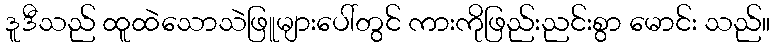
ဒူဒီသည် ထူထဲသောသဲဖြူများပေါ်တွင် ကားကိုဖြည်းညင်းစွာ မောင်း သည်။